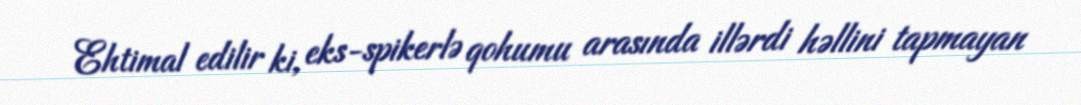
Ehtimal edilir ki, eks-spikerlə qohumu arasında illərdi həllini tapmayan